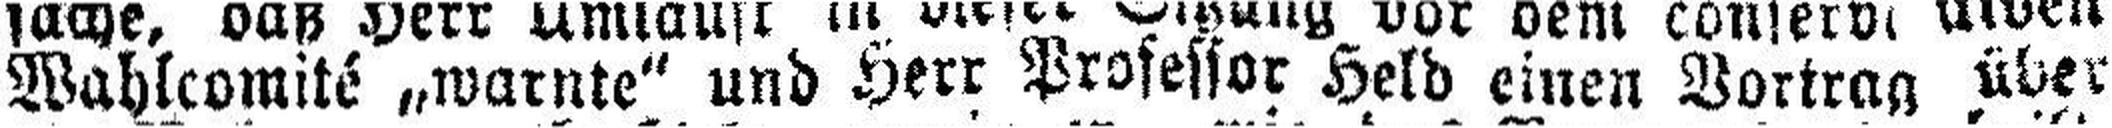
Wahlcomité „warnte“ und Herr Professor Held einen Vortrag über